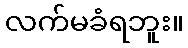
လက်မခံရဘူး။